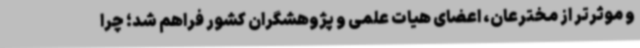
و موثرتر از مخترعان، اعضای هیات ‌علمی و پژوهشگران کشور فراهم شد؛ چرا